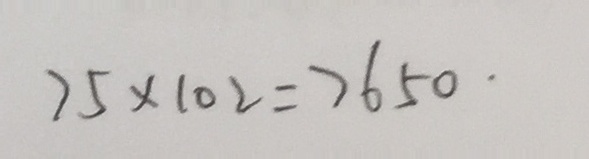
7 5 \times 1 0 2 = 7 6 5 0 \cdot